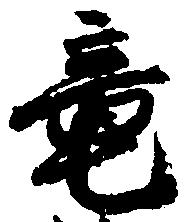
竜